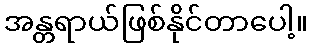
အန္တရာယ်ဖြစ်နိုင်တာပေါ့။